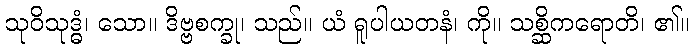
သုဝိသုဒ္ဓံ၊ သော။ ဒိဗ္ဗစက္ခု၊ သည်။ ယံ ရူပါယတနံ၊ ကို။ သစ္ဆိကရောတိ၊ ၏။